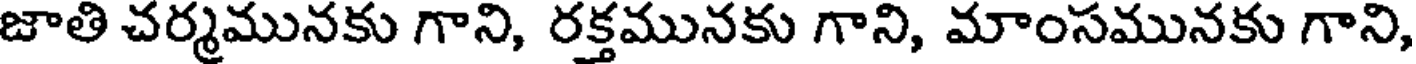
జాతి చర్మమునకు గాని, రక్తమునకు గాని, మాంసమునకు గాని,